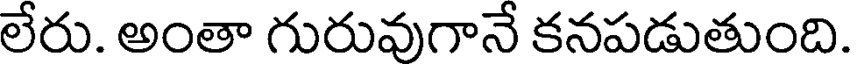
లేరు. అంతా గురువుగానే కనపడుతుంది.